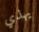
يهذي